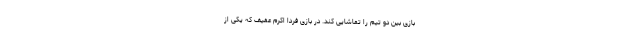
بازی بین دو تیم را تماشایی کند. در بازی فردا اکرم عفیف که یکی از